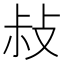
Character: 敊